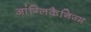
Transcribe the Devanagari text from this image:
आंग्लिकैनिज्म